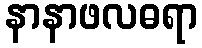
နာနာဖလဓရာ